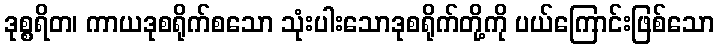
ဒုစ္စရိတ၊ ကာယဒုစရိုက်စသော သုံးပါးသောဒုစရိုက်တို့ကို ပယ်ကြောင်းဖြစ်သော